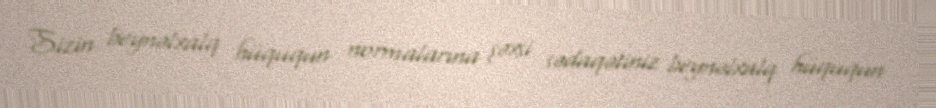
Sizin beynəlxalq hüququn normalarına şəxsi sədaqətiniz beynəlxalq hüququn